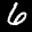
Label: 6